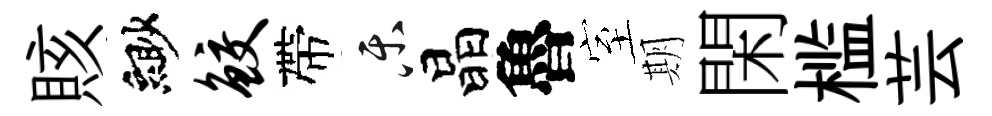
賅緲鲛帶乐晶魯室期閑槛芸